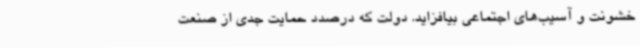
خشونت‌ و آسیب‌های اجتماعی بیافزاید. دولت که درصدد حمایت جدی از صنعت